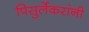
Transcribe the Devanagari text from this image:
पिसुर्लेकरांनी